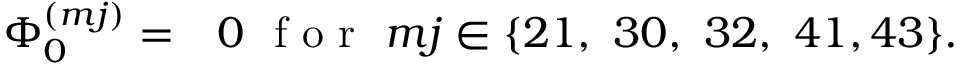
\begin{array} { r l } { { \Phi } _ { 0 } ^ { ( m j ) } = } & { { } 0 ~ \mathrm { ~ f ~ o ~ r ~ } ~ m j \in \{ 2 1 , ~ 3 0 , ~ 3 2 , ~ 4 1 , 4 3 \} . } \end{array}